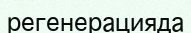
регенерацияда